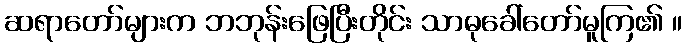
ဆရာတော်များက ဘဘုန်းဖြေပြီးတိုင်း သာဓုခေါ်တော်မူကြ၏ ။